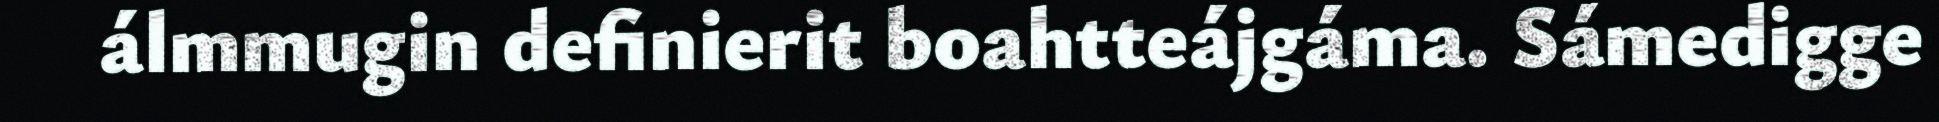
álmmugin definierit boahtteájgáma. Sámedigge